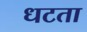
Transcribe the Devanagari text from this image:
धटता